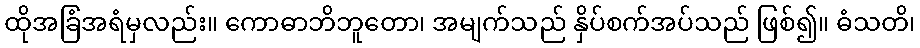
ထိုအခြံအရံမှလည်း။ ကောဓာဘိဘူတော၊ အမျက်သည် နှိပ်စက်အပ်သည် ဖြစ်၍။ ဓံသတိ၊